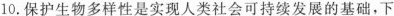
10.保护生物多样性是实现人类社会可持续发展的基础，下